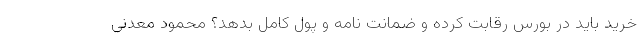
خرید باید در بورس رقابت کرده و ضمانت نامه و پول کامل بدهد؟ محمود معدنی